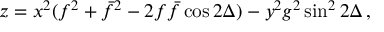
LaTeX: z = x ^ { 2 } ( f ^ { 2 } + \bar { f } ^ { 2 } - 2 f \bar { f } \cos 2 \Delta ) - y ^ { 2 } g ^ { 2 } \sin ^ { 2 } 2 \Delta \, ,